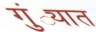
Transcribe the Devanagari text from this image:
गुंठ्यात